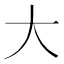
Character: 大